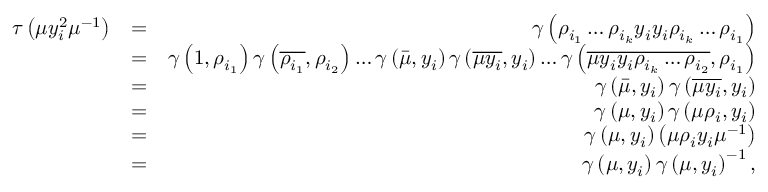
\begin{array} { r l r } { \tau \left( \mu y _ { i } ^ { 2 } \mu ^ { - 1 } \right) } & { = } & { \gamma \left( \rho _ { i _ { 1 } } \ldots \rho _ { i _ { k } } y _ { i } y _ { i } \rho _ { i _ { k } } \ldots \rho _ { i _ { 1 } } \right) } \\ & { = } & { \gamma \left( 1 , \rho _ { i _ { 1 } } \right) \gamma \left( \overline { { \rho _ { i _ { 1 } } } } , \rho _ { i _ { 2 } } \right) \ldots \gamma \left( \bar { \mu } , y _ { i } \right) \gamma \left( \overline { { \mu y _ { i } } } , y _ { i } \right) \ldots \gamma \left( \overline { { \mu y _ { i } y _ { i } \rho _ { i _ { k } } \ldots \rho _ { i _ { 2 } } } } , \rho _ { i _ { 1 } } \right) } \\ & { = } & { \gamma \left( \bar { \mu } , y _ { i } \right) \gamma \left( \overline { { \mu y _ { i } } } , y _ { i } \right) } \\ & { = } & { \gamma \left( \mu , y _ { i } \right) \gamma \left( \mu \rho _ { i } , y _ { i } \right) } \\ & { = } & { \gamma \left( \mu , y _ { i } \right) \left( \mu \rho _ { i } y _ { i } \mu ^ { - 1 } \right) } \\ & { = } & { \gamma \left( \mu , y _ { i } \right) \gamma \left( \mu , y _ { i } \right) ^ { - 1 } , } \end{array}